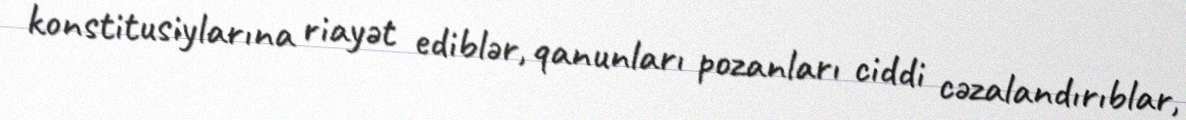
konstitusiylarına riayət ediblər, qanunları pozanları ciddi cəzalandırıblar,